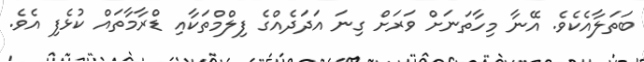
ބަތަލާއެކެވެ. އޭނާ މިހާތަނަށް ވަރަށް ގިނަ އަދަދެއްގެ ފިލްމްތަކާއި ޑްރާމާތައް ކުޅެފި އެވެ.